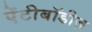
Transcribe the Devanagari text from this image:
ऐंटीबॉडीज़